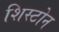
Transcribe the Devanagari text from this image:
शिस्टोन